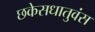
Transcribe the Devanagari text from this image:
छकेसधातुवंस